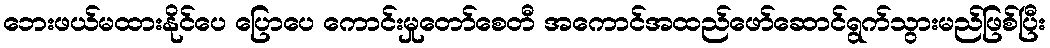
ဘေးဖယ်မထားနိုင်ပေ ပြောပေ ကောင်းမှုတော်စေတီ အကောင်အထည်ဖော်ဆောင်ရွက်သွားမည်ဖြစ်ပြီး